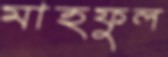
মাহফুল